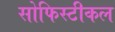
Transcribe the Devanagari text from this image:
सोफिस्टीकल